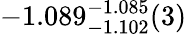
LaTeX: -1.089_{-1.102}^{-1.085}(3)